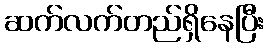
ဆက်လက်တည်ရှိနေပြီး